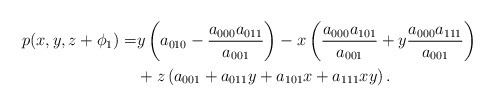
\begin{align*}p(x,y,z+\phi_1) = &y\left( a_{010} - \frac{a_{000}a_{011}}{a_{001}} \right) - x \left( \frac{a_{000}a_{101}}{a_{001}} + y\frac{a_{000}a_{111}}{a_{001}} \right)\\ &+ z\left( a_{001} + a_{011}y + a_{101}x + a_{111}xy\right).\end{align*}